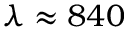
\lambda \approx 8 4 0